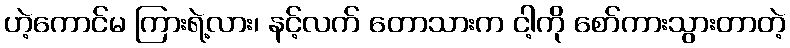
ဟဲ့ကောင်မ ကြားရဲ့လား၊ နင့်လက် တောသားက ငါ့ကို စော်ကားသွားတာတဲ့